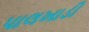
પાલખાડી